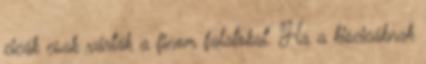
cicák csak várták a finom falatokat. Ha a kiscicáknak